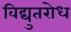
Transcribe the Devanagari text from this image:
विद्युतरोध